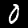
Digit: 0